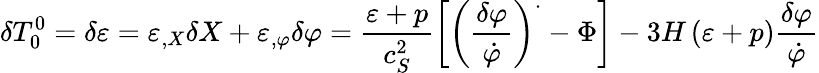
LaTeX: \delta T_{0}^{0}=\delta\varepsilon=\varepsilon_{,X}\delta X+\varepsilon_{,\varphi}\delta\varphi=\frac{\varepsilon+p}{c_{S}^{2}}\left[\left(\frac{\delta\varphi}{\dot{\varphi}}\right)^{.}-\Phi\right]-3H\left(\varepsilon+p\right)\frac{\delta\varphi}{\dot{\varphi}}